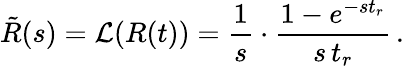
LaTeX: \tilde{R}(s)={\cal L}(R(t))=\frac{1}{s}\cdot\frac{1-e^{-st_{r}}}{s\, t_{r}}\, .